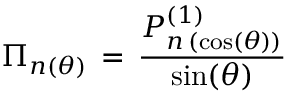
\Pi _ { n ( \theta ) } \, = \, \frac { P _ { n \, ( \cos ( \theta ) ) } ^ { ( 1 ) } } { \sin ( \theta ) }